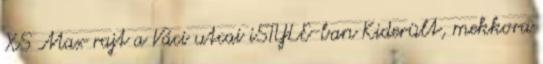
XS Max rajt a Váci utcai iSTYLE-ban Kiderült, mekkora